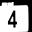
Digit: 4